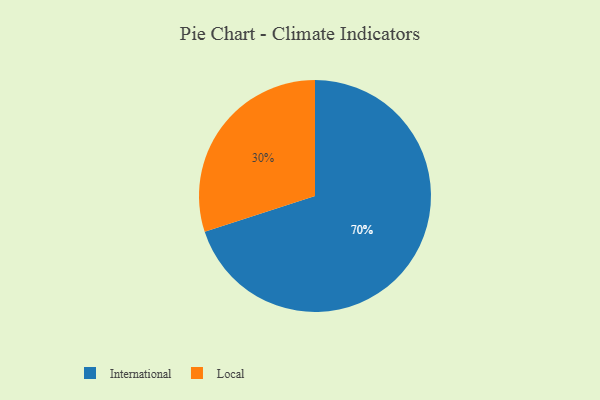
{"axis": {"x": "Category", "y": "Percentage"}, "legend": ["International", "Local"], "data": [{"x": "Local", "y": 30, "type": "Local"}, {"x": "International", "y": 70, "type": "International"}]}